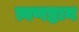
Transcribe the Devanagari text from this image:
त्वणष्टान